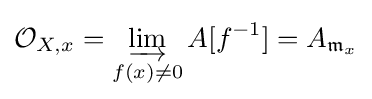
{\mathcal {O}}_{X,x}=\varinjlim _{f(x)\neq 0}A[f^{-1}]=A_{{\mathfrak {m}}_{x}}